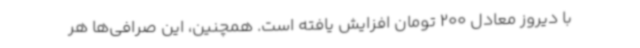
با دیروز معادل 200 تومان افزایش یافته است. همچنین، این صرافی‌ها هر